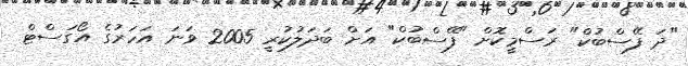
"ދަ ފޭސްބުކް" ރަސްމީކޮށް "ފޭސްބުކް" އަށް ބަދަލުކުރީ 2005 ވަނަ އަހަރުގެ އޯގަސްޓް